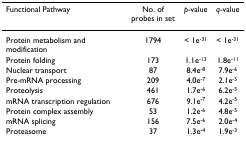
<table><thead><tr><td><b>Functional Pathway</b></td><td><b>No. of probes in set</b></td><td><b><i>p</i>-value</b></td><td><b><i>q</i>-value</b></td></tr></thead><tbody><tr><td>Protein metabolism and modification</td><td>1794</td><td>&lt; 1e<sup>-31</sup></td><td>&lt; 1e<sup>-31</sup></td></tr><tr><td>Protein folding</td><td>173</td><td>1.1e<sup>-13</sup></td><td>1.8e<sup>-11</sup></td></tr><tr><td>Nuclear transport</td><td>87</td><td>8.4e<sup>-8</sup></td><td>7.9e<sup>-6</sup></td></tr><tr><td>Pre-mRNA processing</td><td>209</td><td>4.0e<sup>-7</sup></td><td>2.1e<sup>-5</sup></td></tr><tr><td>Proteolysis</td><td>461</td><td>1.7e<sup>-6</sup></td><td>6.2e<sup>-5</sup></td></tr><tr><td>mRNA transcription regulation</td><td>676</td><td>9.1e<sup>-7</sup></td><td>4.2e<sup>-5</sup></td></tr><tr><td>Protein complex assembly</td><td>53</td><td>1.2e<sup>-6</sup></td><td>4.8e<sup>-5</sup></td></tr><tr><td>mRNA splicing</td><td>156</td><td>7.5e<sup>-6</sup></td><td>2.0e<sup>-4</sup></td></tr><tr><td>Proteasome</td><td>37</td><td>1.3e<sup>-4</sup></td><td>1.9e<sup>-3</sup></td></tr></tbody></table>